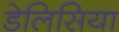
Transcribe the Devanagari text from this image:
डेलिसिया